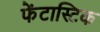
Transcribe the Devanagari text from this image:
फेंटास्टिक